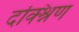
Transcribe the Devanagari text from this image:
दक्श्निण